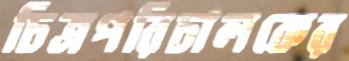
চিত্রপরিচালকের